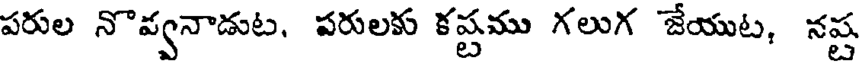
పరుల నొవ్వనాడుట, పరులకు కష్టము గలుగ జేయుట, నష్ట